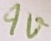
Text: 9V